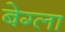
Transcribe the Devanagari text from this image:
बेग्ला